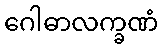
ဂေါဓာလက္ခဏံ